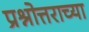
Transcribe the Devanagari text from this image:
प्रश्नोत्तराच्या